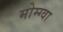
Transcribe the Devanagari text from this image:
मोम्ग्वा